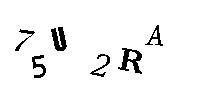
75U2RA